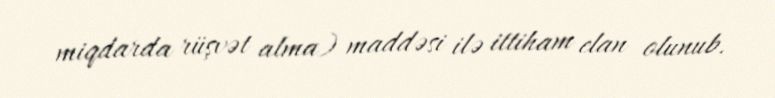
miqdarda rüşvət alma) maddəsi ilə ittiham elan olunub.